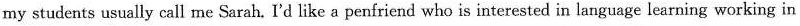
my students usually call me Sarah. I'd like a penfriend who is interested in language learning working in